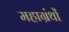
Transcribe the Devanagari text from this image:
महाग्रंथों